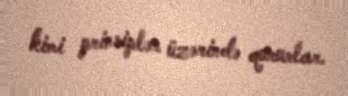
kimi prinsiplər üzərində qururlar.